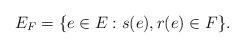
LaTeX: \begin{align*}E_F = \{e\in E : s(e), r(e) \in F\}.\end{align*}